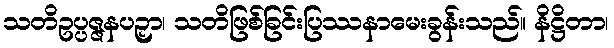
သတိဥပ္ပဇ္ဇနပဉှာ၊ သတိဖြစ်ခြင်းပြဿနာမေးခွန်းသည်။ နိဋ္ဌိတာ၊